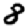
Digit: 8